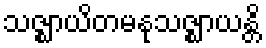
သဇ္ဈာယိတမနုသဇ္ဈာယန္တိ